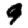
Digit: 9